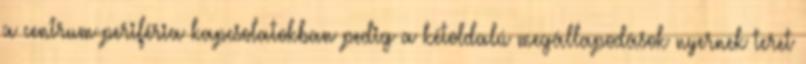
a centrum-periféria kapcsolatokban pedig a kétoldalú megállapodások nyernek teret